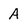
Character: A